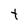
Character: t